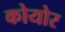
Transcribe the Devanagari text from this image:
कोयोर